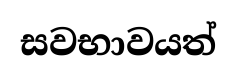
සවභාවයත්